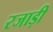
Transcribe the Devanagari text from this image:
रजाड़ी